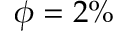
\phi = 2 \%